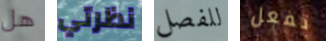
هل نظرتي للفصل تفعل